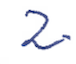
Text: 2.
Cross-out: clean
Writing tool: ballpoint